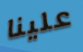
علينا